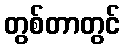
တွစ်တာတွင်